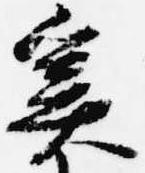
奚